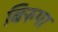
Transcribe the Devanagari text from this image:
बिरुपा